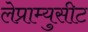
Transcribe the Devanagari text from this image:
लेप्राम्युसीट